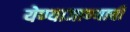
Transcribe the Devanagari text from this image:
येण्याजाण्याची